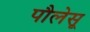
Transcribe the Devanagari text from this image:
पौलेसू